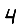
Digit: 4